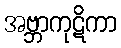
အဗ္ဘာကုဋိကာ